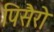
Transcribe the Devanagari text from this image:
पिसैरो